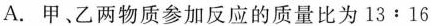
A.甲、乙两物质参加反应的质量比为13﹔16